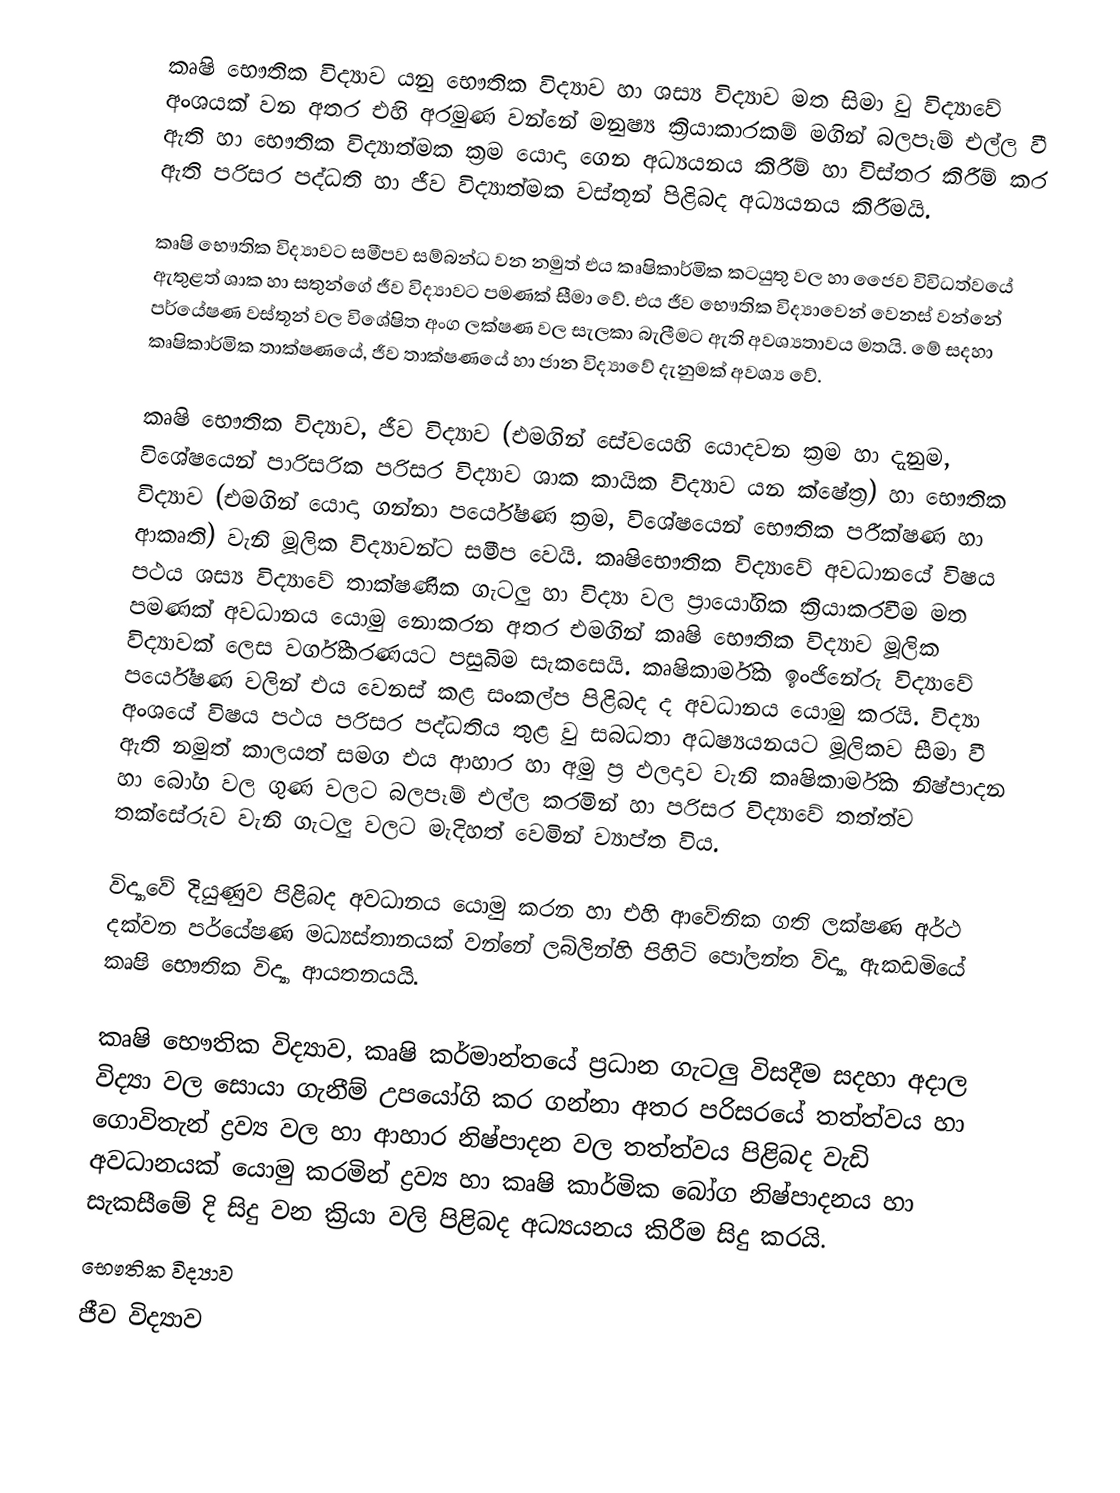
කෘෂි භෞතික විද්‍යාව යනු භෞතික විද්‍යාව හා ශස්‍ය විද්‍යාව මත සිමා වු විද්‍යාවේ අංශයක් වන අතර එහි අරමුණ වන්නේ මනුෂ්‍ය ක්‍රියාකාරකම් මගින් බලපෑම් එල්ල වී ඇති හා භෞතික විද්‍යාත්මක ක්‍රම යොදා ගෙන අධ්‍යයනය කිරීම් හා විස්තර කිරීම් කර ඇති පරිසර පද්ධති හා ජීව විද්‍යාත්මක වස්තූන් පිළිබද අධ්‍යයනය කිරීමයි.

කෘෂි භෞතික විද්‍යාවට සමීපව සම්බන්ධ වන නමුත් එය කෘෂිකාර්මික කටයුතු වල හා ජෛව විවිධත්වයේ  ඇතුළත් ශාක හා සතුන්ගේ ජීව විද්‍යාවට පමණක් සීමා වේ. එය ජීව භෞතික විද්‍යාවෙන් වෙනස් වන්නේ පර්යේෂණ වස්තූන් වල විශේෂිත අංග ලක්ෂණ වල සැලකා බැලීමට ඇති අවශ්‍යතාවය මතයි. මේ සදහා කෘෂිකාර්මික තාක්ෂණයේ, ජීව තාක්ෂණයේ හා ජාන විද්‍යාවේ දැනුමක් අවශ්‍ය වේ.

කෘෂි භෞතික විද්‍යාව,  ජීව විද්‍යාව (එමගින් සේවයෙහි යොදවන ක්‍රම හා දැනුම, විශේෂයෙන් පාරිසරික පරිසර විද්‍යාව ශාක කායික විද්‍යාව යන ක්ෂේත්‍ර) හා භෞතික විද්‍යාව (එමගින් යොදා ගන්නා පර්යේෂණ ක්‍රම, විශේෂයෙන් භෞතික පරීක්ෂණ හා ආකෘති) වැනි මූලික විද්‍යාවන්ට සමීප වෙයි. කෘෂිභෞතික විද්‍යාවේ අවධානයේ විෂය පථය ශස්‍ය විද්‍යාවේ තාක්ෂණික ගැටලු හා විද්‍යා වල ප්‍රායෝගික ක්‍රියාකරවීම මත පමණක් අවධානය යොමු නොකරන අතර එමගින් කෘෂි භෞතික විද්‍යාව මූලික විද්‍යාවක් ලෙස වර්ගීකරණයට පසුබිම සැකසෙයි. කෘෂිකාර්මික ඉංජිනේරු විද්‍යාවේ පර්යේෂණ වලින් එය වෙනස් කළ සංකල්ප පිළිබද ද අවධානය යොමු කරයි. විද්‍යා අංශයේ විෂය පථය පරිසර පද්ධතිය තුළ වු සබධතා අධෂ්‍යයනයට මූලිකව සීමා වී ඇති නමුත් කාලයත් සමග එය ආහාර හා අමු ප්‍ර ඵලදාව වැනි කෘෂිකාර්මික නිෂ්පාදන හා බෝග වල ගුණ වලට බලපෑම් එල්ල කරමින් හා පරිසර විද්‍යාවේ තත්ත්ව තක්සේරුව වැනි ගැටලු වලට මැදිහත් වෙමින් ව්‍යාප්ත විය.

විද්‍යාවේ දියුණුව පිළිබද අවධානය යොමු කරන හා එහි ආවේනික ගති ලක්ෂණ අර්ථ දක්වන පර්යේෂණ මධ්‍යස්තානයක් වන්නේ ලබ්ලින්හි පිහිටි පෝලන්ත විද්‍යා ඇකඩමියේ කෘෂි භෞතික විද්‍යා ආයතනයයි.

කෘෂි භෞතික විද්‍යාව, කෘෂි කර්මාන්තයේ ප්‍රධාන ගැටලු විසදීම සදහා අදාල විද්‍යා වල සොයා ගැනීම් උපයෝගි කර ගන්නා අතර පරිසරයේ තත්ත්වය හා ගොවිතැන් ද්‍රව්‍ය වල හා ආහාර නිෂ්පාදන වල තත්ත්වය පිළිබද වැඩි අවධානයක් යොමු කරමින් ද්‍රව්‍ය හා කෘෂි කාර්මික බෝග නිෂ්පාදනය හා සැකසීමේ දි සිදු වන ක්‍රියා වලි පිළිබද අධ්‍යයනය කිරීම සිදු කරයි.
භෞතික විද්‍යාව
ජීව විද්‍යාව